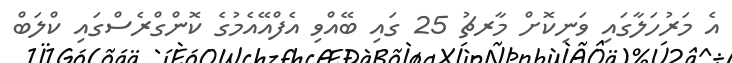
އެ މަރުހަލާގައި ވަނިކޮށް މާރޗު 25 ގައި ބޭއްވި އެފްއޭއެމުގެ ކޮންގްރެސްގައި ކްލަބް